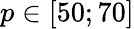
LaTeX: p\in[50;70]